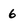
Character: 6